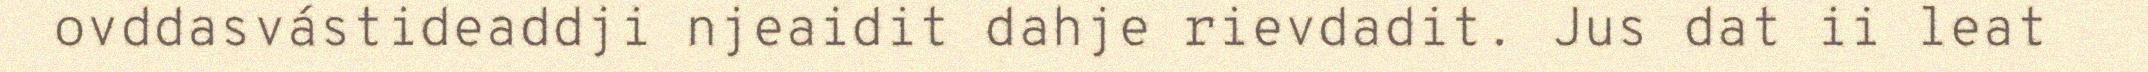
ovddasvástideaddji njeaidit dahje rievdadit. Jus dat ii leat